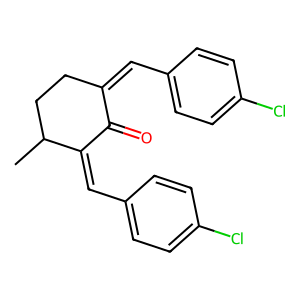
SMILES: CC1CCC(=Cc2ccc(Cl)cc2)C(=O)C1=Cc1ccc(Cl)cc1
Inhibits HIV replication: No